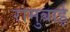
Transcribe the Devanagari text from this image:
रामुबाई